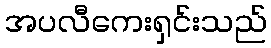
အပလီကေးရှင်းသည်